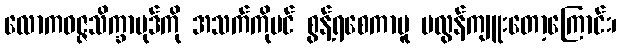
လောကဝဇ္ဇသိက္ခာပုဒ်ကို အသက်ကိုပင် စွန့်ရစေကာမူ မလွန်ကျူးတော့ကြောင်း၊